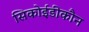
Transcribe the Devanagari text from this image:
सिकोईडीकौन